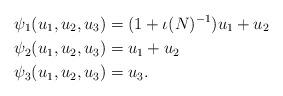
LaTeX: \begin{align*}\psi_1(u_1,u_2,u_3) &= (1+\iota(N)^{-1})u_1 + u_2\\\psi_2(u_1,u_2,u_3) &= u_1 + u_2\\\psi_3(u_1,u_2,u_3) & = u_3.\end{align*}